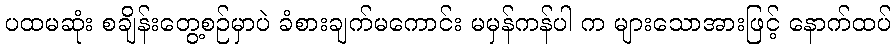
ပထမဆုံး စချိန်းတွေ့စဉ်မှာပဲ ခံစားချက်မကောင်း မမှန်ကန်ပါ က များသောအားဖြင့် နောက်ထပ်